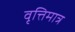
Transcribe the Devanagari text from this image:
वृत्तिमात्र